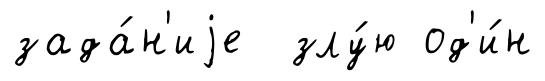
зада́н'иjе злу́ю од'и́н